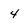
Character: 4